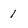
Character: 1